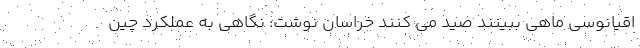
اقیانوسی ماهی ببینند صید می کنند خراسان نوشت: نگاهی به عملکرد چین